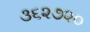
૩૬૨૭૨૦